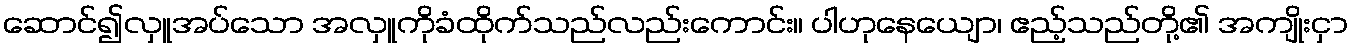
ဆောင်၍လှူအပ်သော အလှူကိုခံထိုက်သည်လည်းကောင်း။ ပါဟုနေယျော၊ ဧည့်သည်တို့၏ အကျိုးငှာ